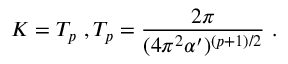
K = T _ { p } \ , T _ { p } = \frac { 2 \pi } { ( 4 \pi ^ { 2 } \alpha ^ { \prime } ) ^ { ( p + 1 ) / 2 } } \ .